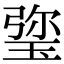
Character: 𤦀